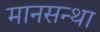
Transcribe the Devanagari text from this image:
मानसन्था